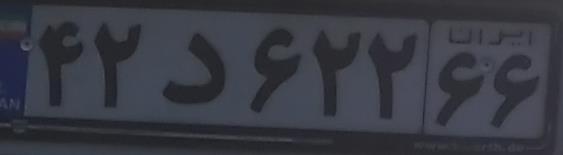
۴۲د۶۲۲۶۶